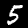
Label: 5